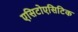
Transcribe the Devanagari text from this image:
एसिटोएसिटिक